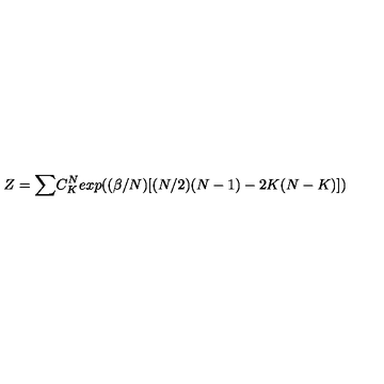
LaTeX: Z = { \large \sum } C _ { K } ^ { N } e x p { \large ( } ( \beta / N ) [ ( N / 2 ) ( N - 1 ) - 2 K ( N - K ) ] { \large ) }